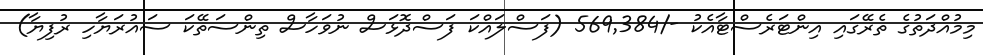
މިމުއްދަތުގެ ތެރޭގައި އިންޓަރެސްޓާއެކު -/569